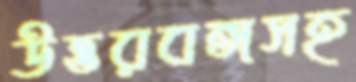
উত্তরবঙ্গসহ